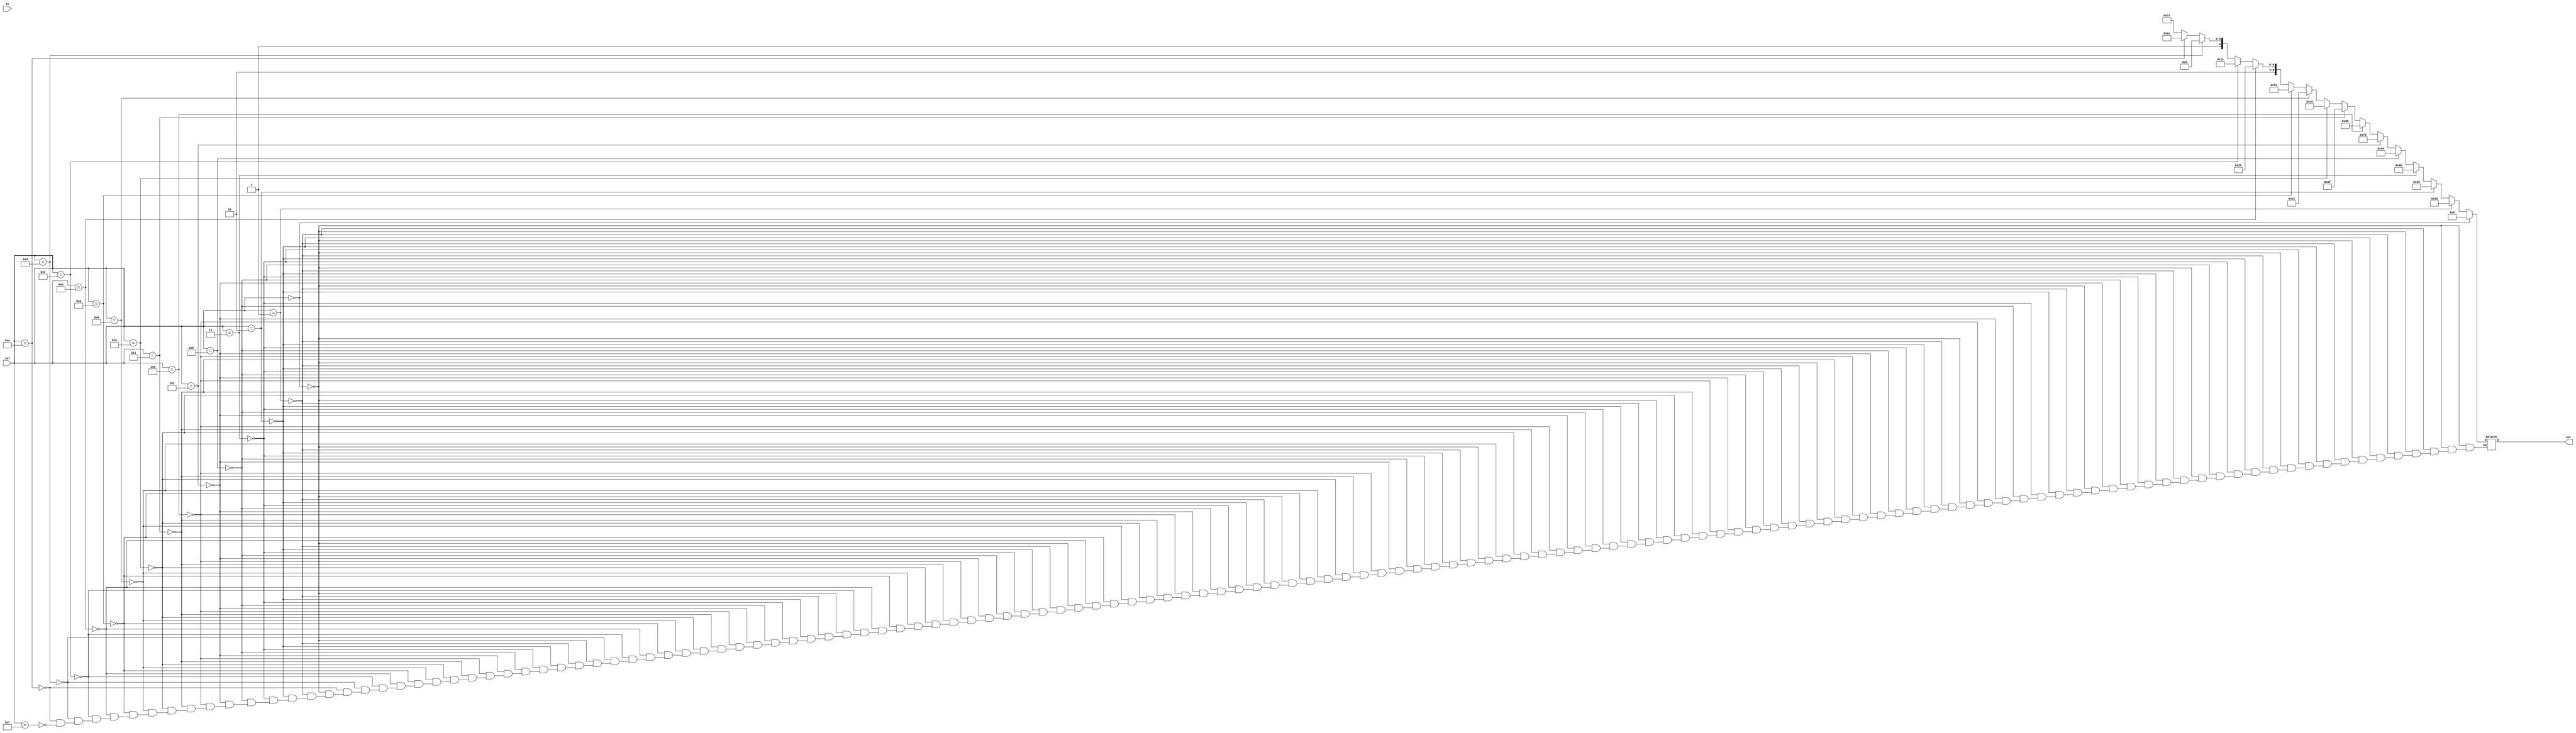
module mux_16_to_1(in,sel,out);
input [143:0] in;
input [3:0] sel;
output [8:0] out;
reg [8:0] out;
always @ (in,sel) begin
if (sel == 0)  begin out = 25*0; end
	else if(sel == 1) begin out = 25*1; end
	else if(sel == 2) begin out = 25*2; end
	else if(sel == 3) begin out = 25*3; end
	else if(sel == 4) begin out = 25*4; end
	else if(sel == 5) begin out = 25*5; end
	else if(sel == 6) begin out = 25*6; end
	else if(sel == 7) begin out = 25*7; end
	else if(sel == 8) begin out = 25*8; end
	else if(sel == 9) begin out = 25*9; end
	else if(sel == 10) begin out = 25*10; end
	else if(sel == 11) begin out = 25*11; end
	else if(sel == 12) begin out = 25*12; end
	else if(sel == 13) begin out = 25*13; end
	else if(sel == 14) begin out = 25*14; end
	else if(sel == 15) begin out = 25*15; end
end
endmodule

module adder_register(in, res, acc_rst1, acc_rst2,clk);
input [8:0] in;
input acc_rst1, acc_rst2, clk;
output [12:0] res;
reg [12:0] res;
always @ (posedge acc_rst2 or negedge acc_rst2) begin
	res = 0;
end

always @ (posedge clk) begin
	if (acc_rst1 == 1) begin res = res+in; end
end
endmodule

module d_ff(d,clk,reset,q,q1);
input d,clk,reset;
output q,q1;
reg q,q1;
always @ (posedge clk) begin
	if(reset) begin q <= 1; q1 <= 0; end
	else begin
		q = d;
		q1 = ~q;
	end
end
endmodule

module acc_rst(clk, reset, acc_rst1, acc_rst2);
input clk, reset;
output acc_rst1, acc_rst2;
wire [3:0] q;
wire [3:0] q1;
d_ff ff0(q1[0],clk,reset,q[0],q1[0]);
d_ff ff1(q1[1],q[0],reset,q[1],q1[1]);
d_ff ff2(q1[2],q[1],reset,q[2],q1[2]);
d_ff ff3(q1[3],q[2],reset,q[3],q1[3]);
reg acc_rst1, acc_rst2;
always @ (q[2],q[3]) begin
	acc_rst1 = q[2];
	acc_rst2 = q[3];
end
endmodule


module intg(x, y, reset, clk);
input [3:0] x;
input reset, clk;
output [12:0] y;
reg [143:0] in;
wire [8:0] mux_out;
wire acc_rst1, acc_rst2;
mux_16_to_1 mux(in,x,mux_out);
acc_rst gen_acc_rst(clk,reset,acc_rst1, acc_rst2);
adder_register ar(mux_out,y,acc_rst1, acc_rst2,clk);
endmodule